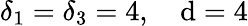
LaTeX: \delta_{1}=\delta_{3}=4,\quad\mathrm{d}=4